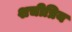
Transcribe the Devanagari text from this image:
शचीप्रिय